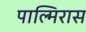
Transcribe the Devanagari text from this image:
पाल्मिरास